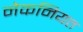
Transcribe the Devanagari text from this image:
नेकनियत